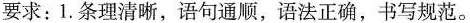
要求：1.条理清晰，语句通顺，语法正确，书写规范。